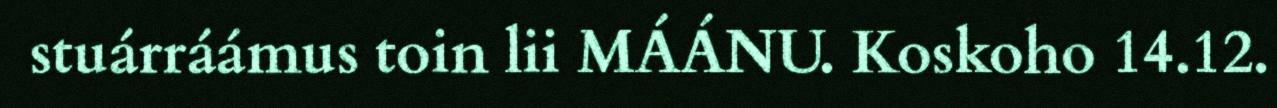
stuárráámus toin lii MÁÁNU. Koskoho 14.12.